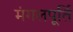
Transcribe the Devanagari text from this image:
मंगलपूर्ति